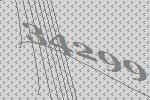
34299